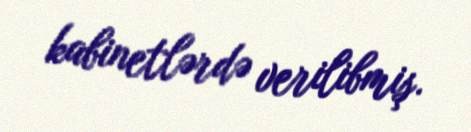
kabinetlərdə verilibmiş.